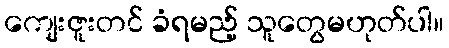
ကျေးဇူးတင် ခံရမည့် သူတွေမဟုတ်ပါ။